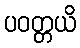
ပဝတ္တယိ